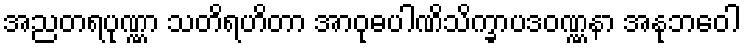
အညတရပုဏ္ဏာ သတိရဟိတာ အာဝုဓပါဏိသိက္ခာပဒဝဏ္ဏနာ အနုဘဝေါ